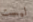
ليست